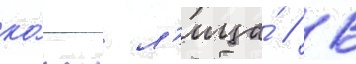
ко́жи л'ица́ // В